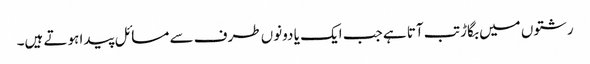
رشتوں میں بگاڑ تب آتا ہے جب ایک یا دونوں طرف سے مسائل پیدا ہوتے ہیں۔